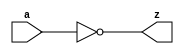
// This program was cloned from: https://github.com/aolofsson/oh
// License: MIT License

//#############################################################################
//# Function: Inverter                                                        #
//# Copyright: OH Project Authors. ALl rights Reserved.                       #
//# License:  MIT (see LICENSE file in OH repository)                         # 
//#############################################################################

module oh_inv #(parameter DW = 1 ) // array width
   (
    input [DW-1:0]  a,
    output [DW-1:0] z
    );
   
   assign z = ~a;
      
endmodule